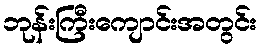
ဘုန်းကြီးကျောင်းအတွင်း